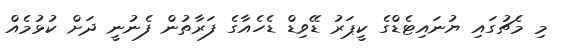
މި މެޗުގައި ޔުނައިޓެޑްގެ ކީޕަރު ޑޭވިޑް ޑެހެއާގެ ފަރާތުން ފެނުނީ ދަށް ކުޅުމެއް